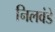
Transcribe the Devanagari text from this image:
निलवंडे